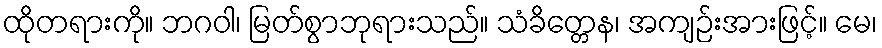
ထိုတရားကို။ ဘဂဝါ၊ မြတ်စွာဘုရားသည်။ သံခိတ္တေန၊ အကျဉ်းအားဖြင့်။ မေ၊